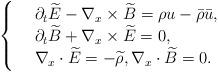
LaTeX: \begin{align*}\left\{\begin{array}{rl}&\partial_{t}\widetilde{E}-\nabla_{x}\times \widetilde{B}=\rho u-\bar{\rho}\bar{u},\\&\partial_{t}\widetilde{B}+\nabla_{x}\times \widetilde{E}=0,\\&\nabla_{x}\cdot \widetilde{E}=-\widetilde{\rho},\nabla_{x}\cdot \widetilde{B}=0.\end{array} \right.\end{align*}